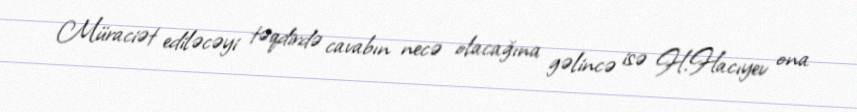
Müraciət ediləcəyi təqdirdə cavabın necə olacağına gəlincə isə H.Hacıyev ona